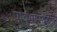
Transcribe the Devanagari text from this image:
पावसानंतरचा